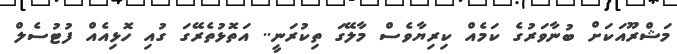
މަޝްރޫއަކަށް ބުނާވަރުގެ ކަމެއް ކިރިޔާވެސް މާލޭގަ ތިކުރަނީ.. އަތޮޅުތެރޭގަ ގުއި ހޮޅިއެއް ފުޓުސެލް